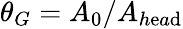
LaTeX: \theta_{G}=A_{0}/A_{h\mathrm{e}a\mathrm{d}}